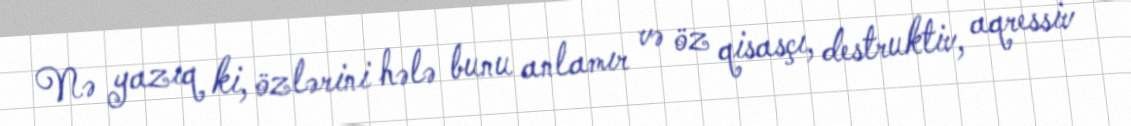
Nə yazıq ki, özlərini hələ bunu anlamır və öz qisasçı, destruktiv, aqressiv